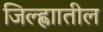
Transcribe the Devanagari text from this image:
जिल्ह्णाातील